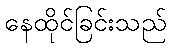
နေထိုင်ခြင်းသည်